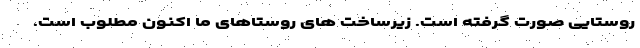
روستایی صورت گرفته است. زیرساخت های روستاهای ما اکنون مطلوب است.